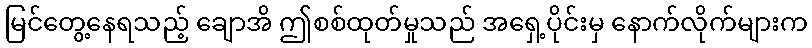
မြင်တွေ့နေရသည့် ချောအိ ဤစစ်ထုတ်မှုသည် အရှေ့ပိုင်းမှ နောက်လိုက်များက